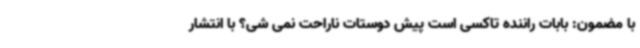
با مضمون: بابات راننده تاکسی است پیش دوستات ناراحت نمی شی؟ با انتشار